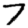
Digit: 7